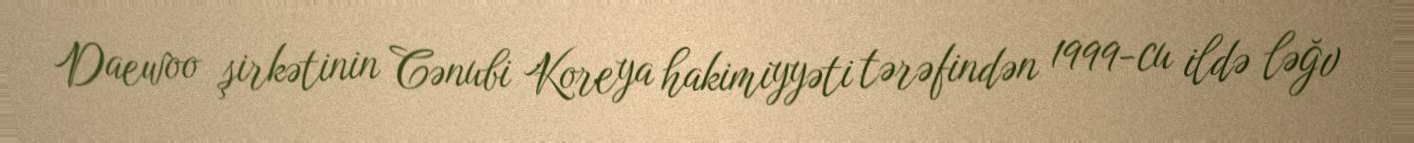
Daewoo şirkətinin Cənubi Koreya hakimiyyəti tərəfindən 1999-cu ildə ləğv